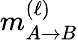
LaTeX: m_{A\to B}^{(\ell)}